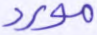
مورد